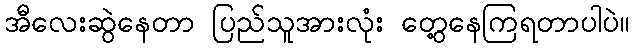
အီလေးဆွဲနေတာ ပြည်သူအားလုံး တွေ့နေကြရတာပါပဲ။